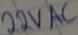
Text: 22VAC